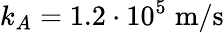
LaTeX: k_{A}=1.2\cdot 10^{5}\; \mathrm{m}/\mathrm{s}